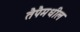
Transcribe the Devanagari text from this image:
तैपैमधील